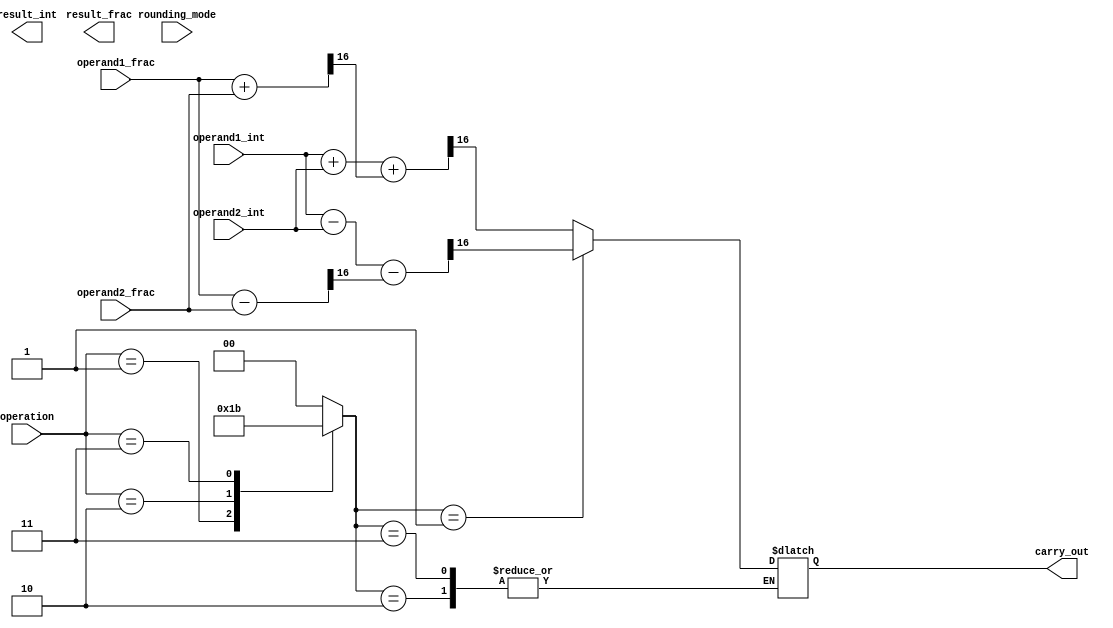
module FixedPoint_FPU (
    input [15:0] operand1_int,
    input [15:0] operand1_frac,
    input [15:0] operand2_int,
    input [15:0] operand2_frac,
    input [1:0] rounding_mode,
    input [1:0] operation,
    output reg [15:0] result_int,
    output reg [15:0] result_frac,
    output reg carry_out
);

reg [1:0] op_sel;
reg [15:0] result_int_temp;
reg [15:0] result_frac_temp;
reg [1:0] overflow;
reg carry_temp;

always @(*)
begin
    case(operation)
        2'b00: op_sel = 2'b00; // addition
        2'b01: op_sel = 2'b01; // subtraction
        2'b10: op_sel = 2'b10; // multiplication
        2'b11: op_sel = 2'b11; // division
    endcase

    // Perform arithmetic operation based on operation selected
    case(op_sel)
        2'b00: begin // addition
            {carry_temp, result_frac_temp} = operand1_frac + operand2_frac;
            {carry_out, result_int_temp} = operand1_int + operand2_int + carry_temp;
        end
        2'b01: begin // subtraction
            {carry_temp, result_frac_temp} = operand1_frac - operand2_frac;
            {carry_out, result_int_temp} = operand1_int - operand2_int - carry_temp;
        end
        2'b10: begin // multiplication
            {result_int_temp, result_frac_temp} = operand1_int * operand2_int + (operand1_int * operand2_frac >> 16) + (operand1_frac * operand2_int >> 16);
        end
        2'b11: begin // division
            {result_int_temp, result_frac_temp} = ((operand1_int << 16) + operand1_frac) / operand2_int;
        end
    endcase

end

// Perform rounding based on selected rounding mode
always @(*)
begin
    case(rounding_mode)
        2'b00: begin // round to nearest
            // Add rounding logic here
        end
        2'b01: begin // round towards zero
            // Add rounding logic here
        end
        2'b10: begin // round towards positive infinity
            // Add rounding logic here
        end
        2'b11: begin // round towards negative infinity
            // Add rounding logic here
        end
    endcase
end

endmodule